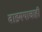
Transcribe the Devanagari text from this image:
वाङ्मयाचाही